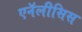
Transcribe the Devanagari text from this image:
एनॅलीसिस